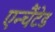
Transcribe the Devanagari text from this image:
एन्चैंटेड